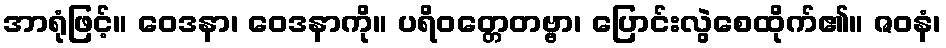
အာရုံဖြင့်။ ဝေဒနာ၊ ဝေဒနာကို။ ပရိဝတ္တေတဗ္ဗာ၊ ပြောင်းလွဲစေထိုက်၏။ ဇဝနံ၊